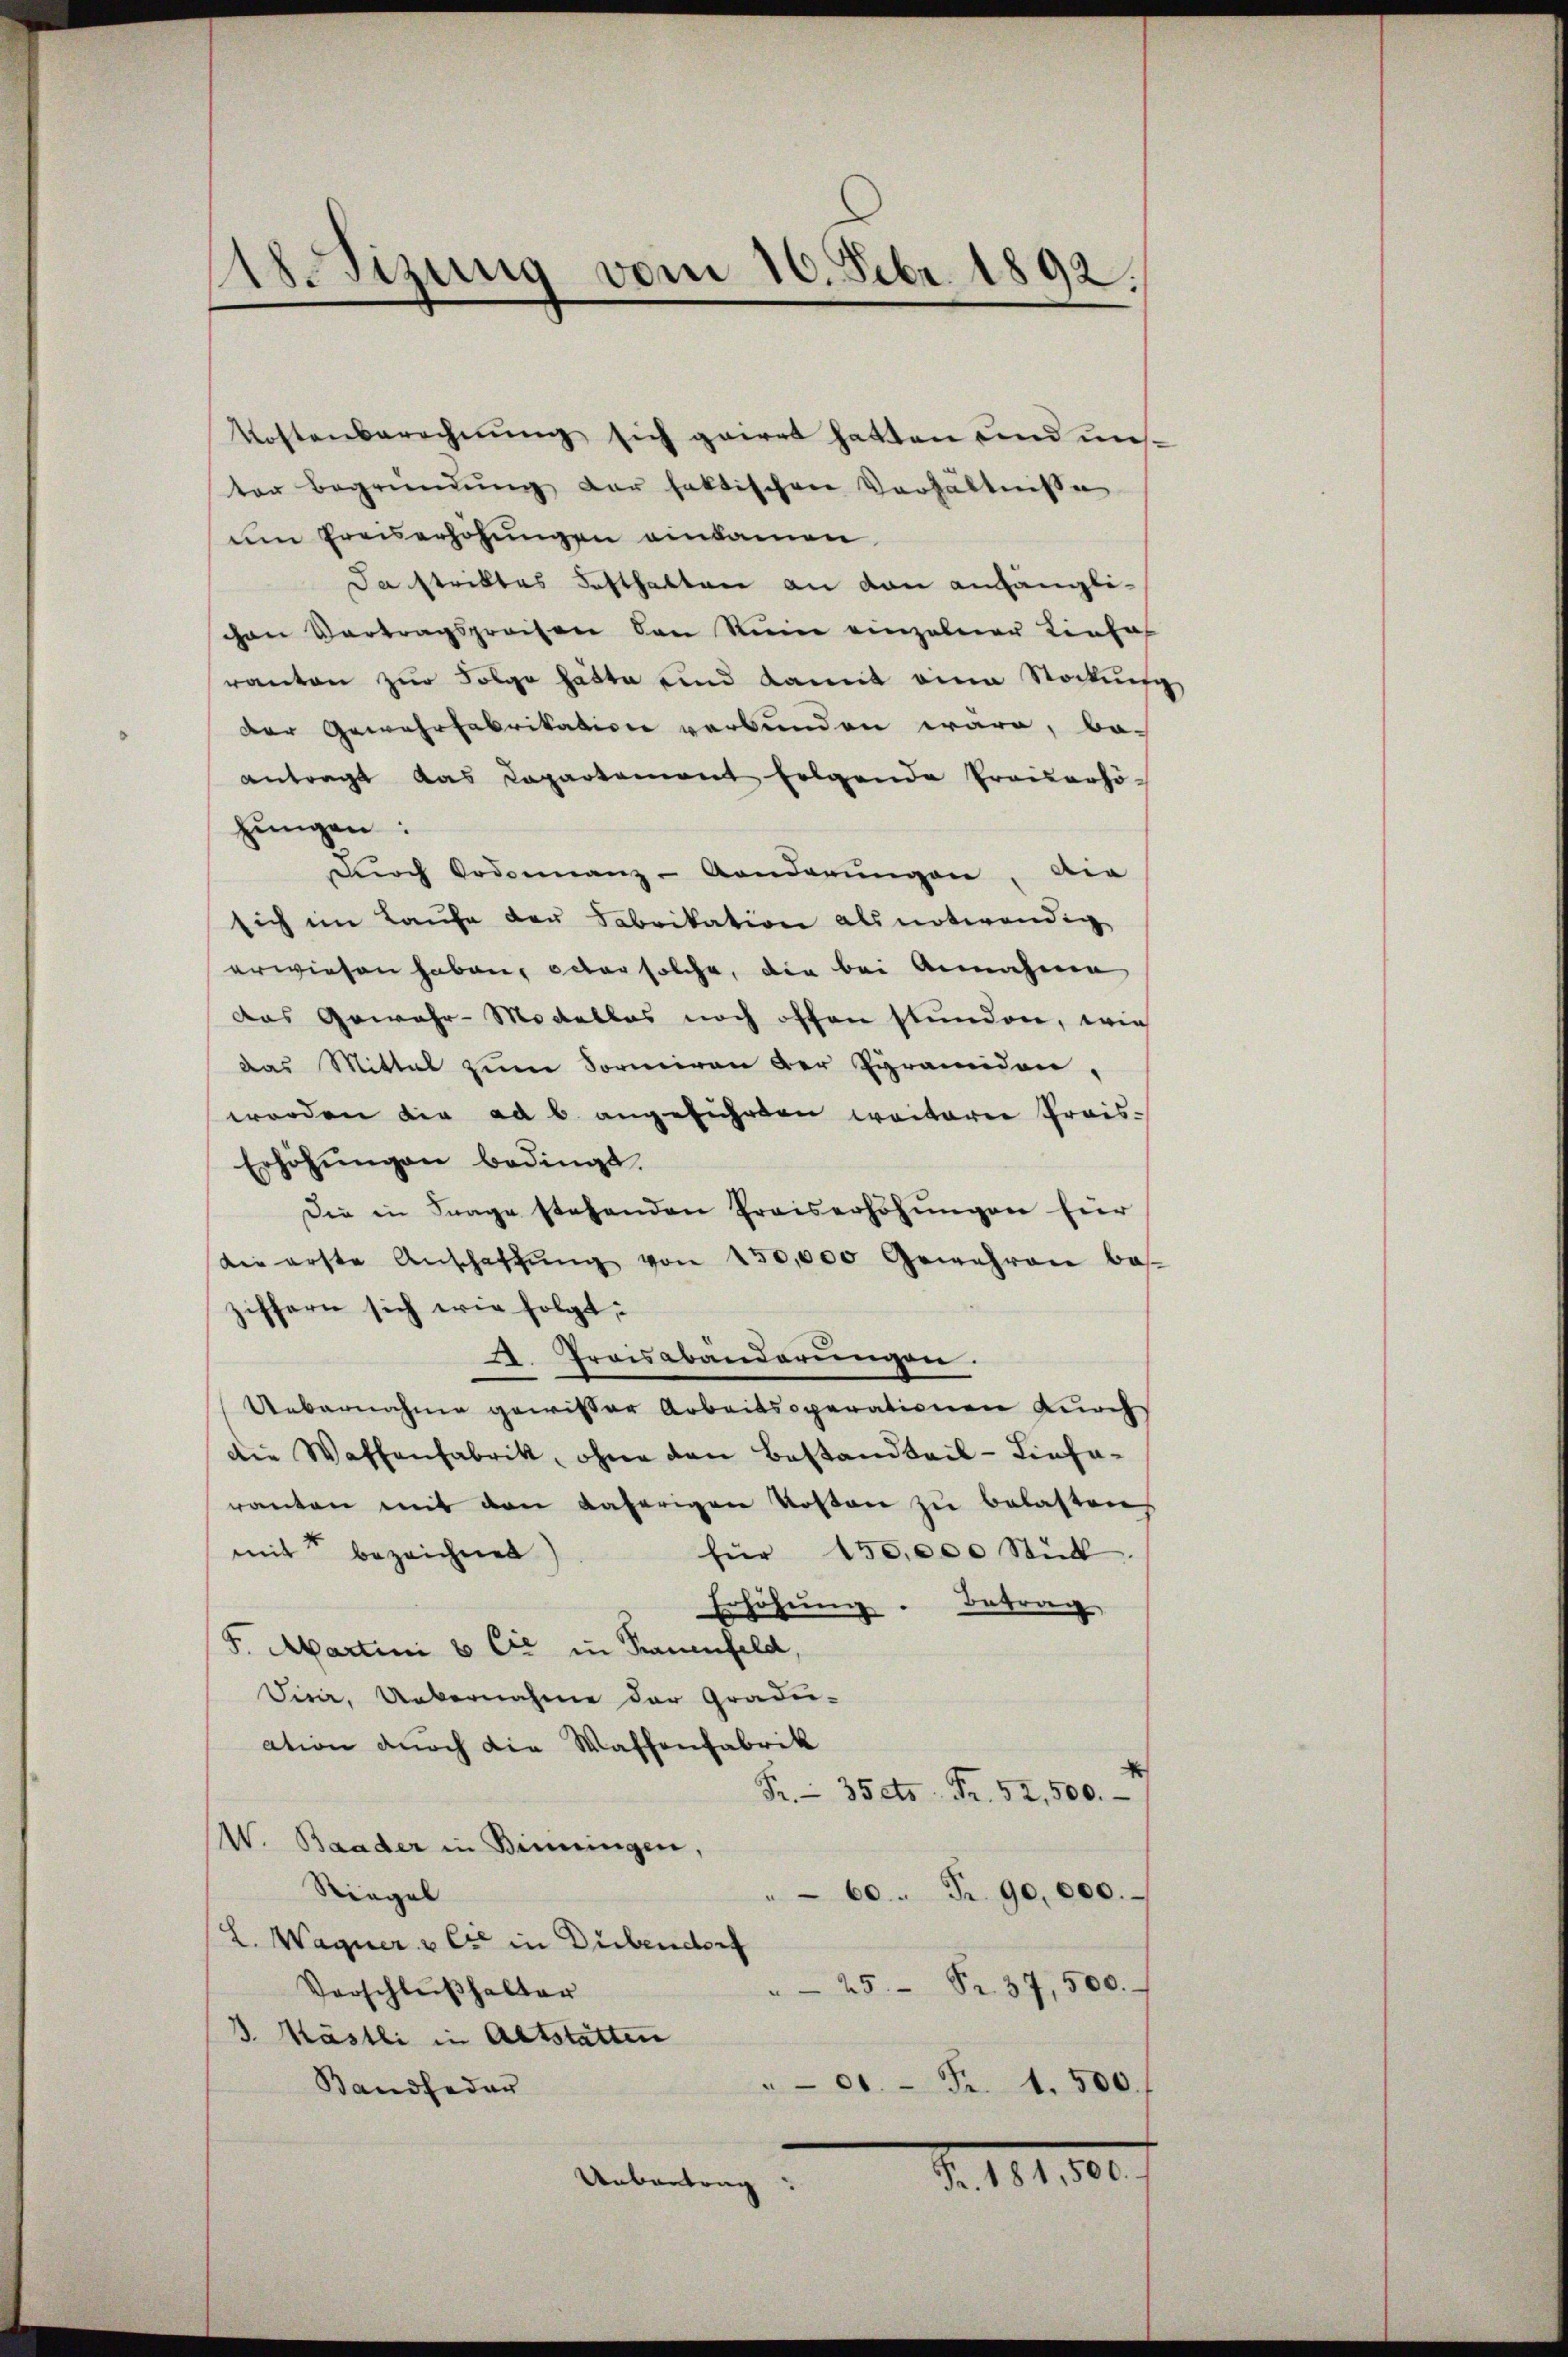
Uesizung vom 16. Febr. 1892.

Kostenberechnung sich geirrt hatten und uns.
ter Begründŭng der faktischen Verhältnisse
um Preiserhöhungen einkamen
Da striktes Festhalten an den anhänglichen Vortragspreisen den Ruine einzelner Liebes
ranten zur Folge hätte und kannt eine Stockung
der Gewehrfabrikation verbunden wäre, be-
antragt das Capartement folgende Trauerhöhungen:
Dŭrch Podonnanz-Anderŭngen, die
sich im Laufe der Fabrikation als notwendig
erwiesen haben, entar solche, die bei Annahme
das Gewahr-Modellos noch offen stunden, wie
das Mittel zŭm Formiren der Pyramiden,
worden die ad b. angeführten weiterer Preis¬
Erhöhŭngen bedingt.
Die in Frage stehenden Praiserhöhŭngen für
die erste Anschaffŭng von 150,000 Gewehren bes
hiffern sich wie folgt:
A. Preisabänderungen.
Uebernahme gewißer Arbeitsoperationen durch
die Waffenfabrik, ohne den Bestandteil-Lieferanten mit den daherigen Kosten zu belasten
mit bezeichnet
für 150,000 Stück
Erhöhŭng. Betrag
F. Martini & Cie in Krauenfeld,
Sirie. Uebernahme der Gradei-
ation durch die Waffenfabrik
Fr. 35 cts. Fr. 52,500.
W. Baader in Bieringen,
Riegel
" 60. Fr. 90,000.
L. Wagner & Cie in Dübendorf
25 Fr. 37, 500.
Vorschluß halter
3. Mästli in Altstätten
00 Fr. 1.500.
Bandfeder
§. 151. 800.
Uebertrag: